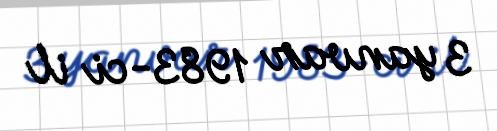
3 yanvar 1983-ci il